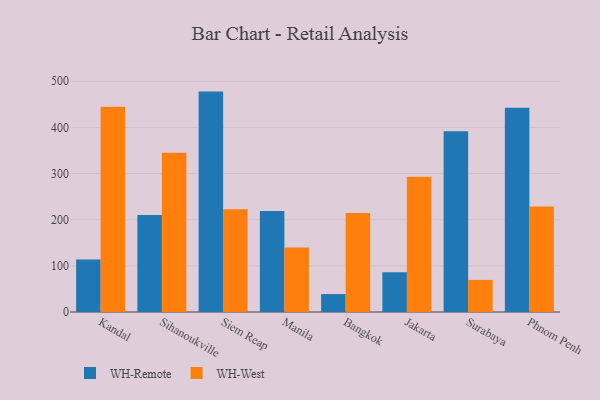
{"axis": {"x": "City", "y": "Humidity (%)"}, "legend": ["WH-Remote", "WH-West"], "data": [{"x": "Kandal", "y": 113.7, "type": "WH-Remote"}, {"x": "Kandal", "y": 444.8, "type": "WH-West"}, {"x": "Sihanoukville", "y": 210.4, "type": "WH-Remote"}, {"x": "Sihanoukville", "y": 345.2, "type": "WH-West"}, {"x": "Siem Reap", "y": 477.6, "type": "WH-Remote"}, {"x": "Siem Reap", "y": 222.8, "type": "WH-West"}, {"x": "Manila", "y": 219.1, "type": "WH-Remote"}, {"x": "Manila", "y": 140.0, "type": "WH-West"}, {"x": "Bangkok", "y": 38.9, "type": "WH-Remote"}, {"x": "Bangkok", "y": 214.5, "type": "WH-West"}, {"x": "Jakarta", "y": 86.3, "type": "WH-Remote"}, {"x": "Jakarta", "y": 293.2, "type": "WH-West"}, {"x": "Surabaya", "y": 391.8, "type": "WH-Remote"}, {"x": "Surabaya", "y": 69.5, "type": "WH-West"}, {"x": "Phnom Penh", "y": 442.8, "type": "WH-Remote"}, {"x": "Phnom Penh", "y": 228.4, "type": "WH-West"}]}